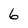
Character: 6